Report of the Indian Hemp Drugs Commission, 1894-1895 - Volume VII
Year: 1894
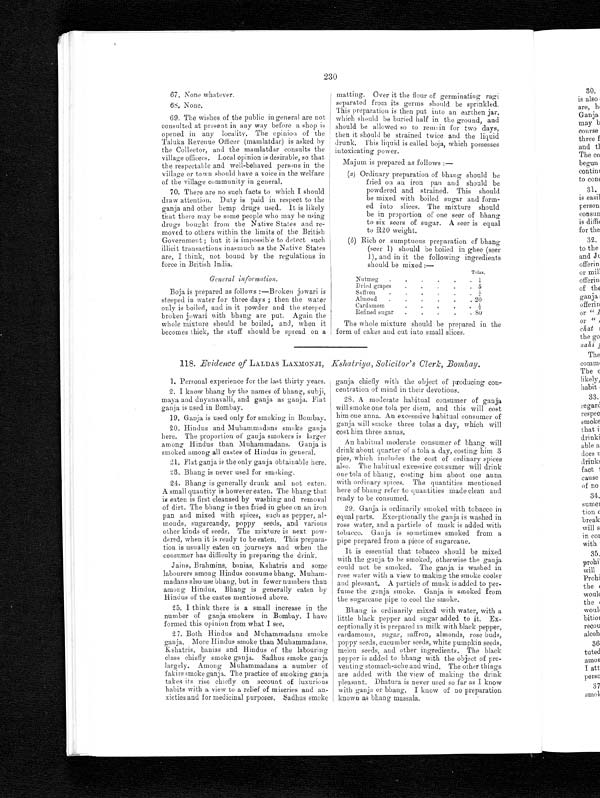
Tolas.
Nutmeg
• • • • • •
1
Dried grapes
• • • • •
5
Saffron
•. •. •. •. •. •
¼
Almond
• • • • •
20
Cardamom • • • • •
½
Refined sugar
• • • • •
8 0
The whole mixture should be prepared in the
form of cakes and cut into small slices.
230
67. None whatever.
68. None.
69. The wishes of the public in general are not
consulted at present in any way before a shop is
opened in any locality. The opinion of the
Taluka Revenue Officer (mamlatdar) is asked by
the Collector, and the mamlatdar consults the
village officers. Local opinion is desirable, so that
the respectable and well-behaved persons in the
village or town should have a voice in the welfare
of the village community in general.
70. There are no such facts to which I should
draw attention. Duty is paid in respect to the
ganja and other hemp drugs used. It is likely
that there may be some people who may be using
drugs bought from the Native States and re-
moved to others within the limits of the British
Government ; but it is impossible to detect such
illicit transactions inasmuch as the Native States
are, I think, not bound by the regulations in
force in British India.
General information.
Boja is prepared as follows :—Broken jowari is
steeped in water for three days ; then the water
only is boiled, and in it powder and the steeped
broken jowari with bhang are put. Again the
whole mixture should be boiled, and, when it
becomes thick, the stuff should be spread on a
matting
. Over it the flour of germinating ragi separated from its germs should be sprinkled.
This preparation is then put into an earthen jar,
which should be buried half in the ground, and
should be allowed so to remain for two days,
then it should be strained twice and the liquid
drunk. This liquid is called boja, which possesses
intoxicating power.
Majum is prepared as follows:—
(a) Ordinary preparation of bhang should be
fried on an iron pan and should be
powdered and strained. This should
be mixed with boiled sugar and form-
ed into slices. The mixture should
be in proportion of one seer of bhang
to six seers of sugar. A seer is equal
to R20 weight.
(b) Rich or sumptuous preparation of bhang
(seer 1) should be boiled in ghee (seer
1), and in it the following ingredients
should be mixed:—
118. Evidence of LALDAS LAXMONJI, Kshatriya, Solicitor's Clerk, Bombay.
1 . P e r s o n a l e x p e r i e n c e f o r t h e l a s t t h i r t y y e a r s .
2. I know bhang by the names of bhang, subji,
maya and dnyanavalli, and ganja as ganja. Flat
ganja is used in Bombay.
19.
Ganja is used only for smoking in Bombay.
20. Hindus and Muhammadans smoke ganja
here. The proportion of ganja smokers is larger
among Hindus than Muhammadans. Ganja is
smoked among all castes of Hindus in general.
2 1 . F l a t g a n j a i s t h e o n l y g a n j a o b t a i n a b l e h e r e .
23. Bhang is never used for smoking.
24. Bhang is generally drunk and not eaten.
A small quantity is however eaten. The bhang that
is eaten is first cleansed by washing and removal
of dirt. The bhang is then fried in ghee on an iron
pan and mixed with spices, such as pepper, al-
monds, sugarcandy, poppy seeds, and various
other kinds of seeds. The mixture is next pow-
dered, when it is ready to be eaten. This prepara-
tion is usually eaten on journeys and when the
consumer has difficulty in preparing the drink.
Jains, Brahmins, banias, Kshatris and some
labourers among Hindus consume bhang. Muham-
madans also use bhang, but in fewer numbers than
among Hindus. Bhang is generally eaten by
Hindus of the castes mentioned above.
25. I think there is a small increase in the
number of ganja smokers in Bombay. I have
formed this opinion from what I see.
27. Both Hindus and Muhammadans smoke
ganja. More Hindus smoke than Muhammadans.
Kshatris, banias and Hindus of the labouring
class chiefly smoke ganja. Sadhus smoke ganja
largely. Among Muhammadans a number of
fakirs smoke ganja. The practice of smoking ganja
takes its rise chiefly on account of luxurious
habits with a view to a relief of miseries and an-
xieties and for medicinal purposes. Sadhus smoke
ganja chiefly with the object of producing con-
centration of mind in their devotions.
28. A moderate habitual consumer of ganja
will smoke one tola per diem, and this will cost
him one anna. An excesssive habitual consumer of
ganja will smoke three tolas a day, which will
cost him three annas.
An habitual moderate consumer of bhang will
drink about quarter of a tola a day, costing him 3
pies, which includes the cost of ordinary spices
also. The habitual excessive consumer will drink
one tola of bhang, costing him about one anna
with ordinary spices. The quantities mentioned
here of bhang refer to quantities made clean and
ready to be consumed.
29. Ganja is ordinarily smoked with tobacco in
equal parts. Exceptionally the ganja is washed in
rose water, and a particle of musk is added with
tobacco. Ganja is sometimes smoked from a
pipe prepared from a piece of sugarcane.
It is essential that tobacco should be mixed
with the ganja to be smoked, otherwise the ganja
could not be smoked. The ganja is washed in
rose water with a view to making the smoke cooler
and pleasant. A particle of musk is added to per-
fume the ganja smoke. Ganja is smoked from
the sugarcane pipe to cool the smoke.
Bhang is ordinarily mixed with water, with a
little black pepper and sugar added to it. Ex-
ceptionally it is prepared in milk with black pepper,
cardamoms, sugar, saffron, almonds, rose buds,
poppy seeds, cucumber seeds, white pumpkin seeds,
melon seeds, and other ingredients. The black
pepper is added to bhang with the object of pre-
venting stomach-ache and wind. The other things
are added with the view of making the drink
pleasant. Dhatura, is never used so far as I know
with ganja or bhang. I know of no preparation
known as bhang massala.